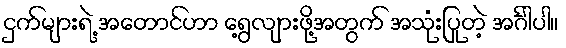
ငှက်များရဲ့ အတောင်ဟာ ရွေ့လျားဖို့အတွက် အသုံးပြုတဲ့ အင်္ဂါပါ။